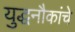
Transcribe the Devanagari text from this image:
युद्धनौकांचे